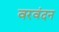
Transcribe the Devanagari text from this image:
वरवंदन